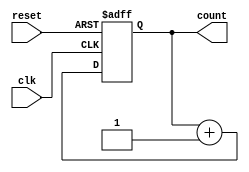
module async_counter (
    input wire clk,        // Clock input
    input wire reset,      // Asynchronous reset input
    output reg [n-1:0] count // Output count (n-bit)
);
    parameter n = 4; // Number of bits (you can change this value)

    // Always block for the counter
    always @(posedge clk or posedge reset) begin
        if (reset) begin
            count <= 0; // Reset the count to 0
        end else begin
            // Increment the counter on the clock edge
            count <= count + 1;
        end
    end
endmodule